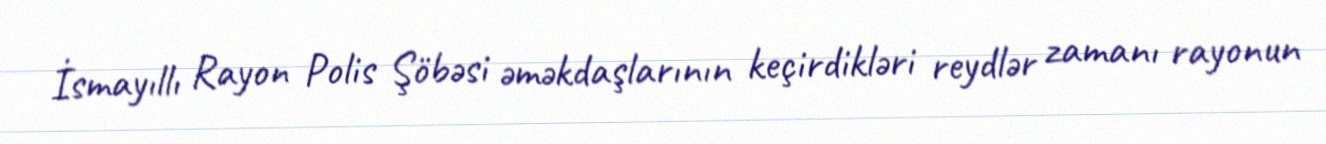
İsmayıllı Rayon Polis Şöbəsi əməkdaşlarının keçirdikləri reydlər zamanı rayonun